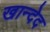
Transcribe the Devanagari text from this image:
खान्देद